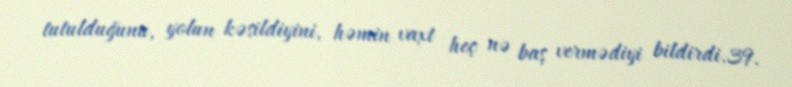
tutulduğunu, yolun kəsildiyini, həmin vaxt heç nə baş vermədiyi bildirdi.39.